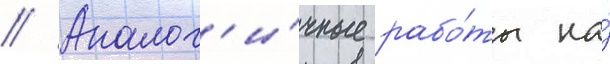
// Аналог'и́чные рабо́ты на́